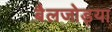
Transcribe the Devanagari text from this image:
बैलजोड्या